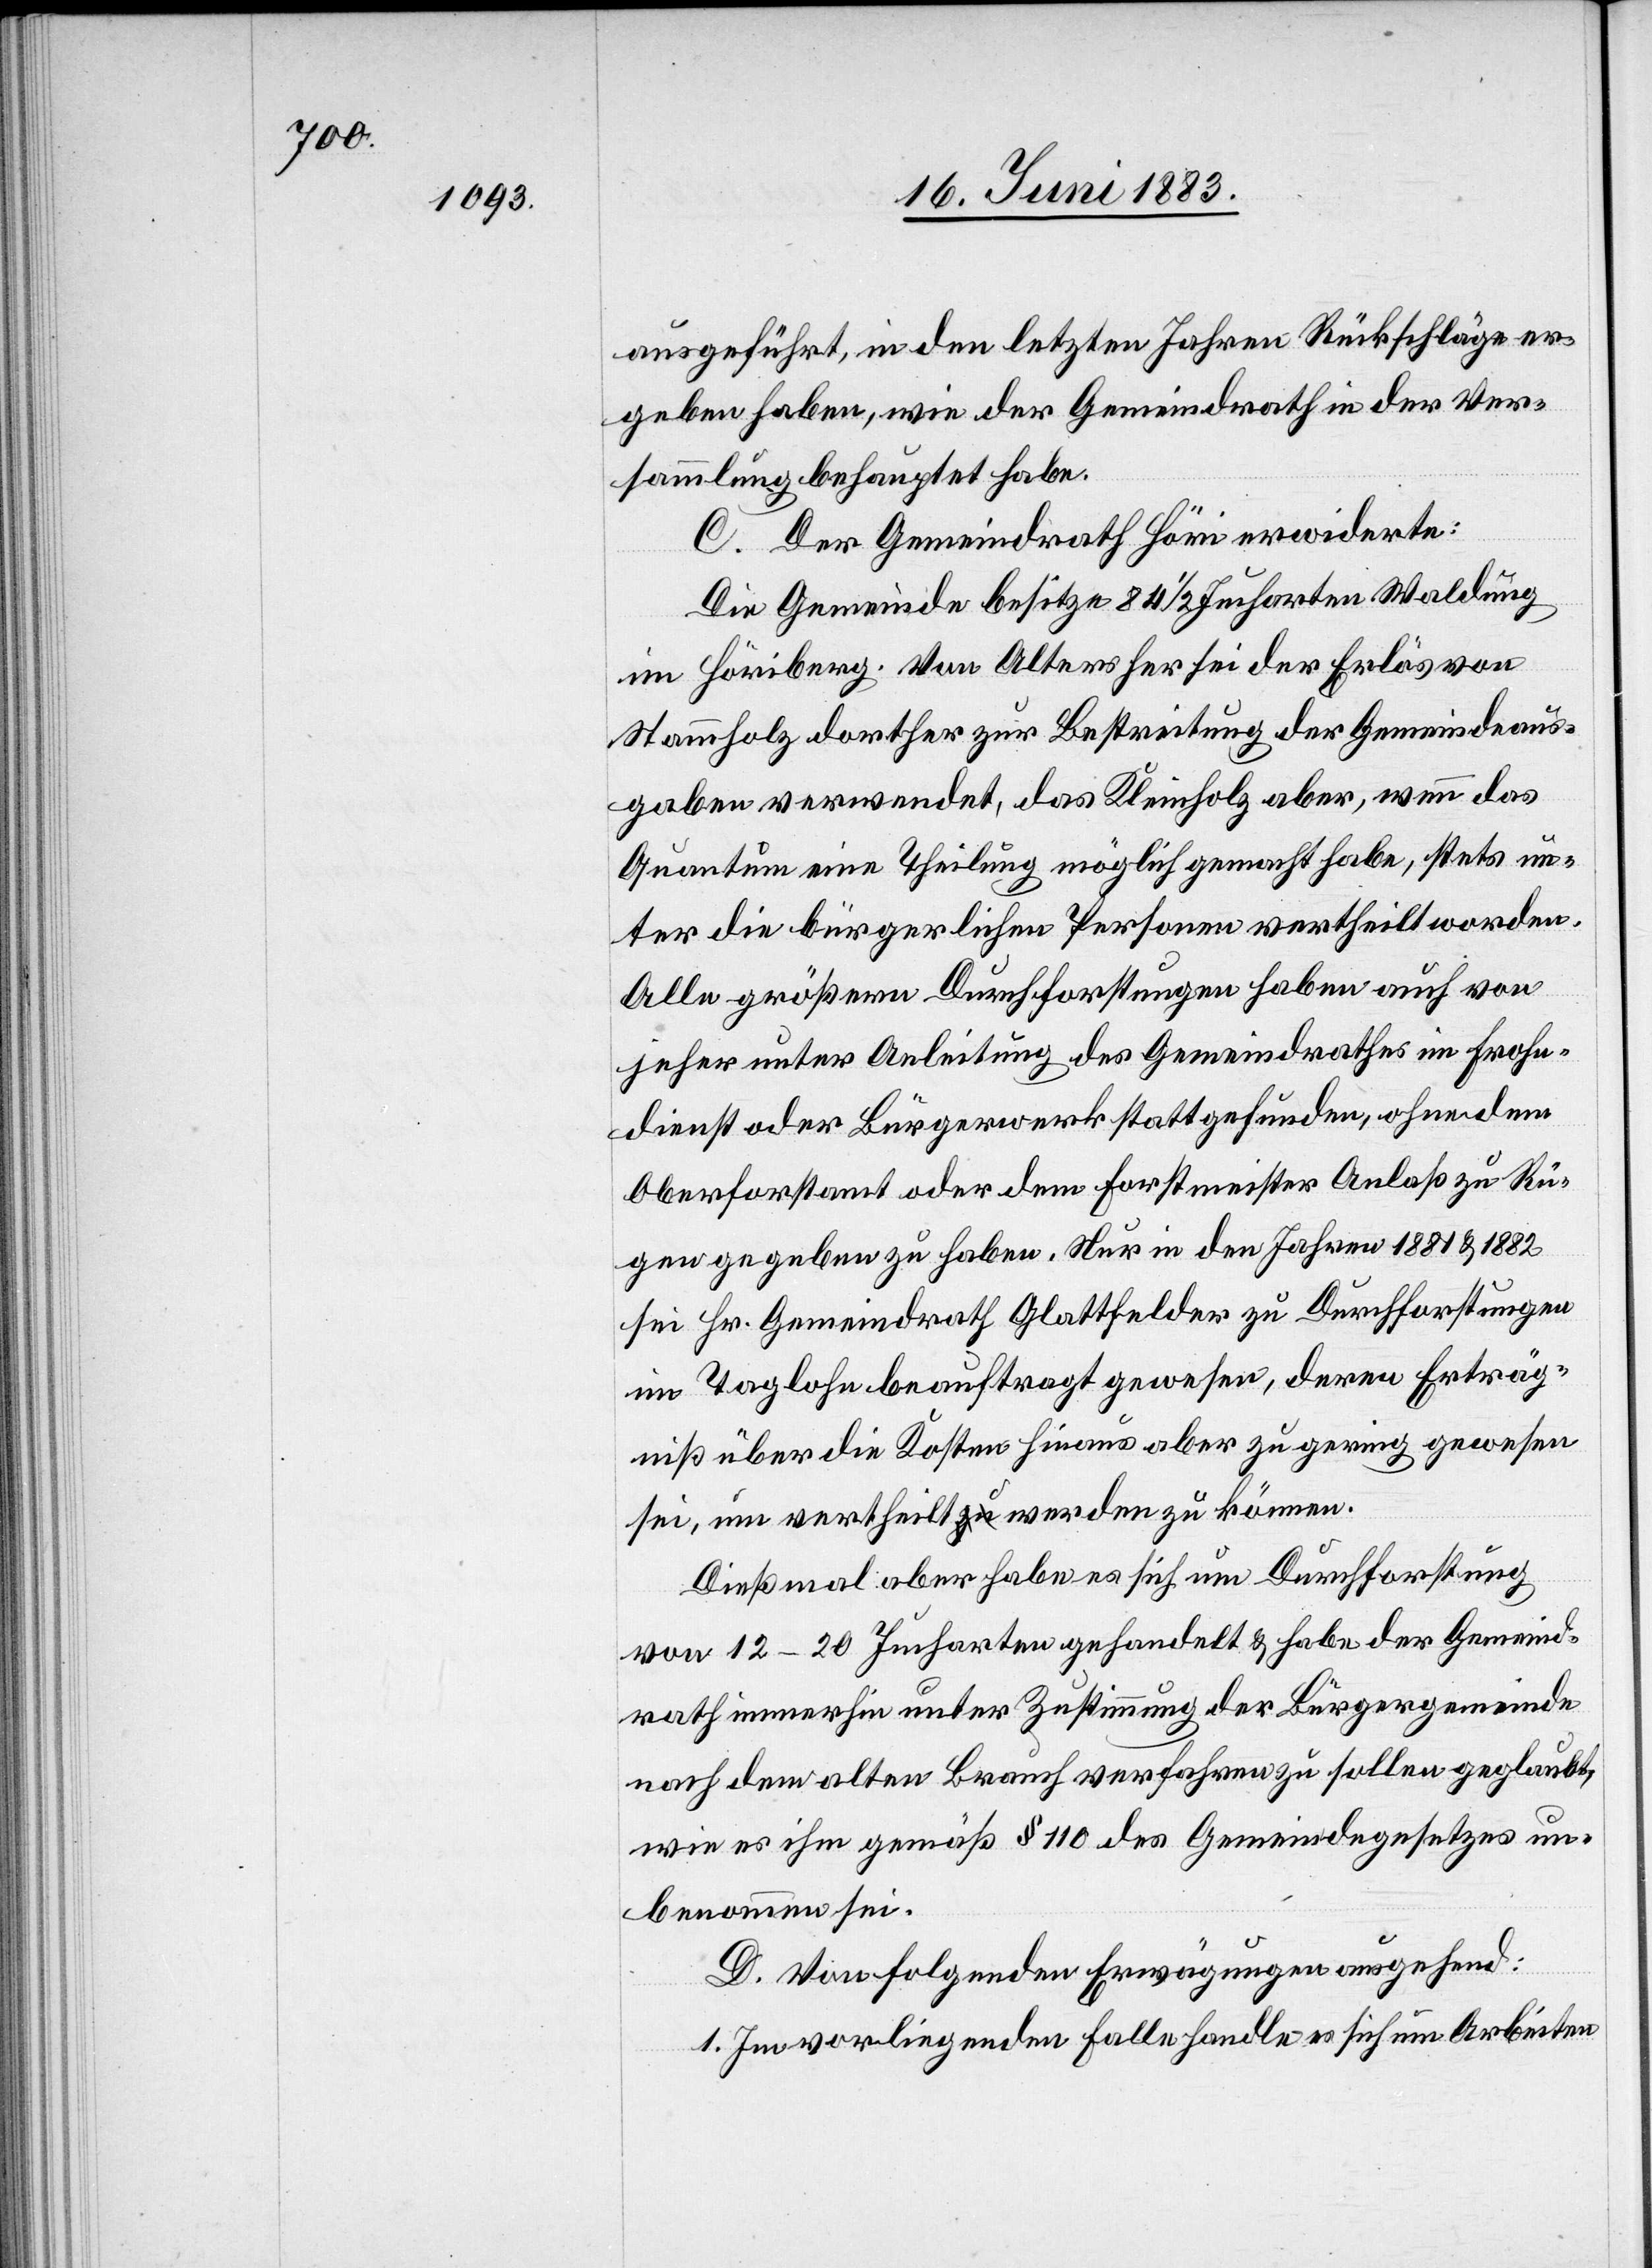
ausgeführt, in den letzten Jahren Rückschläge er¬
geben haben, wie der Gemeindrath in der Ver¬
sammlung behauptet habe.
C. Der Gemeindrath Höri erwiderte:
Die Gemeinde besitze 84 1/2 Jucharten Waldung
im Höriberg. Von Alters her sei der Erlös von
Stammholz dorther zur Bestreitung der Gemeindeaus¬
gaben verwendet, das Kleinholz aber, wenn das
Quantum eine Theilung möglich gemacht habe, stets un¬
ter die bürgerlichen Personen vertheilt worden.
Alle größern Durchforstungen haben auch von
jeher unter Anleitung des Gemeindrathes im Frohn¬
dienst oder Bürgerwerk statt gefunden, ohne dem
Oberforstamt oder dem Forstmeister Anlaß zu Rü¬
gen gegeben zu haben. Nur in den Jahren 1881 & 1882
sei Hr. Gemeindrath Glattfelder zu Durchforstungen
im Taglohne beauftragt gewesen, deren Erträg¬
niß über die Kosten hinaus aber zu gering gewesen
sei, um vertheilt werden zu können.
Dießmal aber habe es sich um Durchforstung
von 12–20 Jucharten gehandelt & habe der Gemeind¬
rath immerhin unter Zustimmung der Bürgergemeinde
nach dem alten Brauch verfahren zu sollen geglaubt,
wie es ihm gemäß § 10 des Gemeindegesetzes un¬
benommen sei.
D. Von folgenden Erwägungen ausgehend:
1. Im vorliegenden Falle handle es sich um Arbeiten